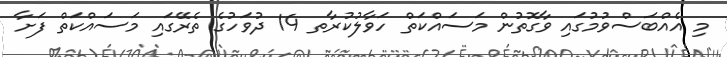
މި އެއްބަސްވުމުގައި ވާގޮތުން މަސައްކަތް ހަވާލުކުރާތ 14 ދުވަހުގެ ތެރޭގައި މަސައްކަތް ފަށާ